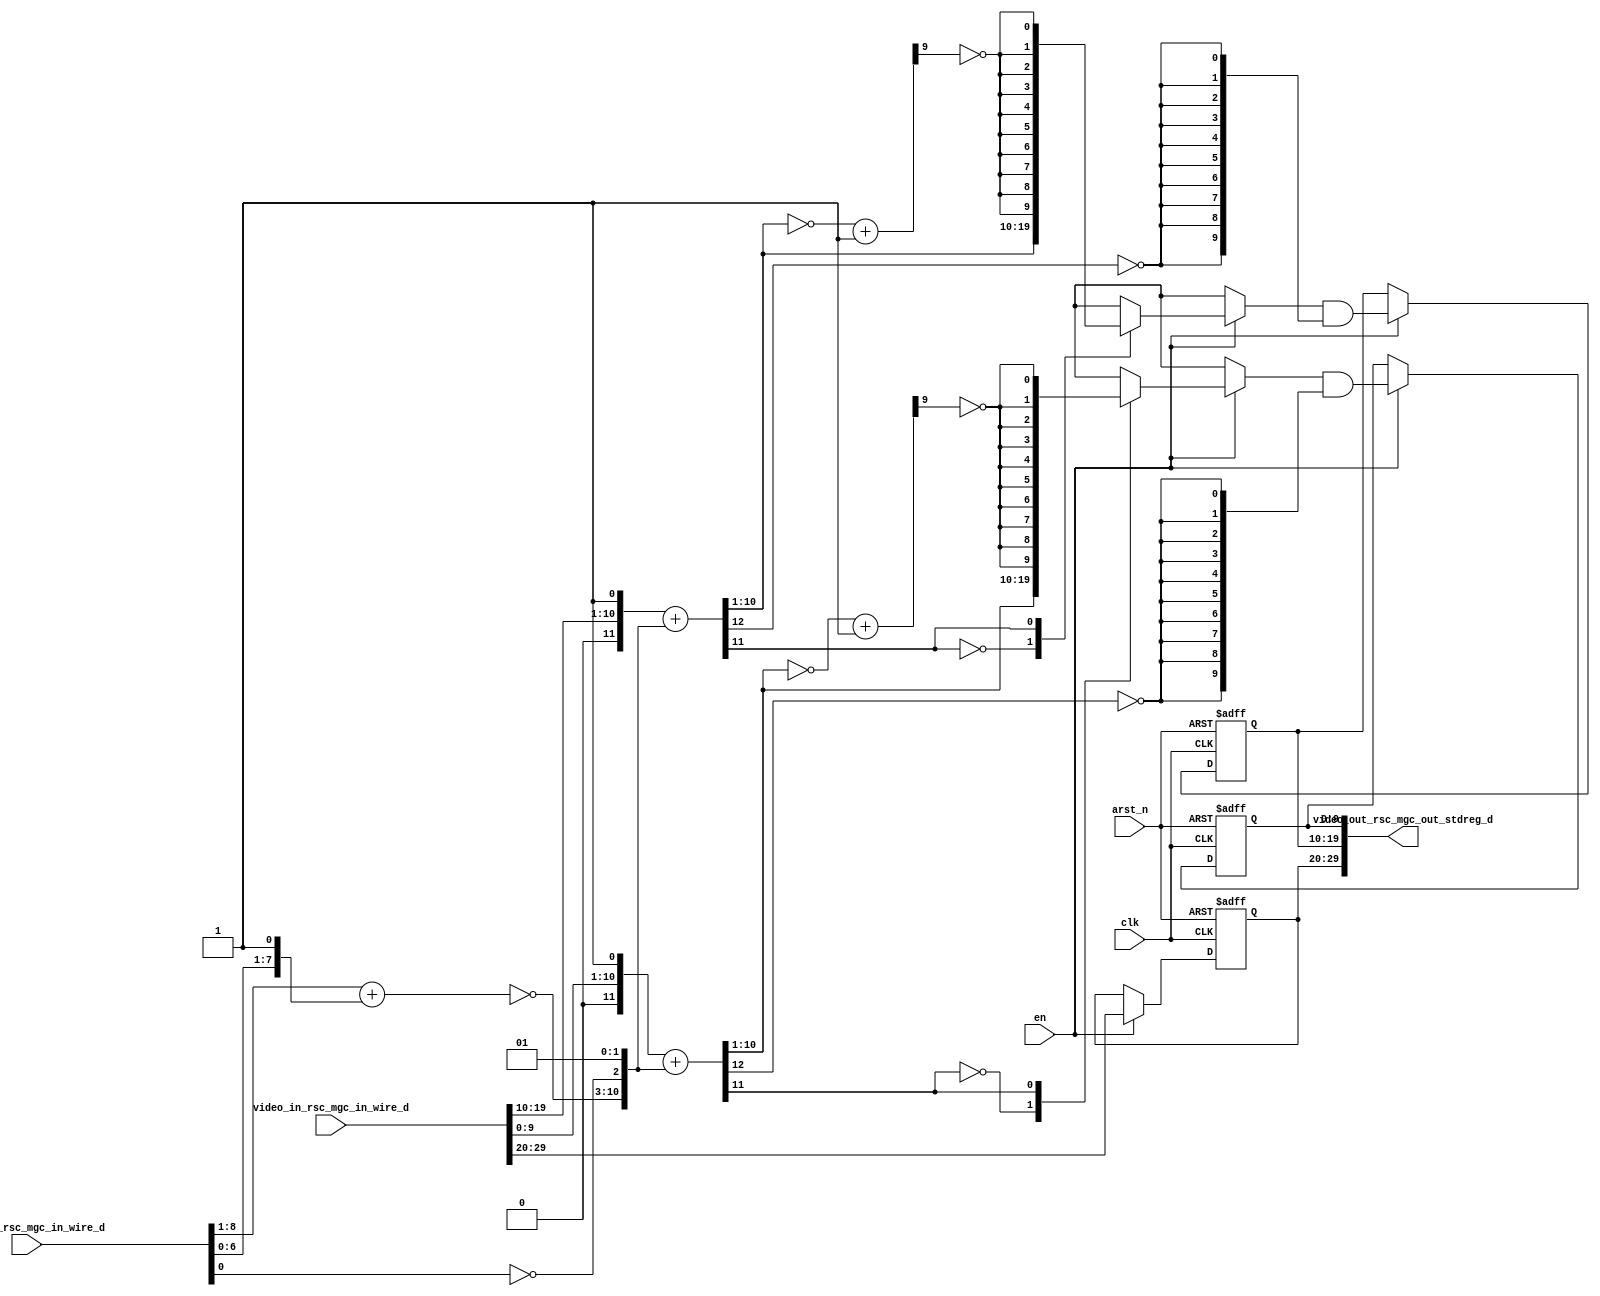
module red_tint_core (
  clk, en, arst_n, video_in_rsc_mgc_in_wire_d, video_out_rsc_mgc_out_stdreg_d, mouse_xy_rsc_mgc_in_wire_d
);
  input clk;
  input en;
  input arst_n;
  input [29:0] video_in_rsc_mgc_in_wire_d;
  output [29:0] video_out_rsc_mgc_out_stdreg_d;
  input [19:0] mouse_xy_rsc_mgc_in_wire_d;


  // Interconnect Declarations
  wire [7:0] acc_psp_sva;
  wire [8:0] nl_acc_psp_sva;
  reg [9:0] reg_video_out_rsc_mgc_out_stdreg_d_tmp;
  reg [9:0] reg_video_out_rsc_mgc_out_stdreg_d_tmp_1;
  reg [9:0] reg_video_out_rsc_mgc_out_stdreg_d_tmp_2;
  wire [12:0] acc_4_itm;
  wire [13:0] nl_acc_4_itm;
  wire [12:0] acc_5_itm;
  wire [13:0] nl_acc_5_itm;


  // Interconnect Declarations for Component Instantiations 
  assign video_out_rsc_mgc_out_stdreg_d = {reg_video_out_rsc_mgc_out_stdreg_d_tmp
      , reg_video_out_rsc_mgc_out_stdreg_d_tmp_1 , reg_video_out_rsc_mgc_out_stdreg_d_tmp_2};
  assign nl_acc_4_itm = conv_u2s_11_13({(video_in_rsc_mgc_in_wire_d[19:10]) , 1'b1})
      + conv_s2s_11_13({(~ acc_psp_sva) , (~ (mouse_xy_rsc_mgc_in_wire_d[0])) , 2'b1});
  assign acc_4_itm = nl_acc_4_itm[12:0];
  assign nl_acc_5_itm = conv_u2s_11_13({(video_in_rsc_mgc_in_wire_d[9:0]) , 1'b1})
      + conv_s2s_11_13({(~ acc_psp_sva) , (~ (mouse_xy_rsc_mgc_in_wire_d[0])) , 2'b1});
  assign acc_5_itm = nl_acc_5_itm[12:0];
  assign nl_acc_psp_sva = (mouse_xy_rsc_mgc_in_wire_d[8:1]) + ({(mouse_xy_rsc_mgc_in_wire_d[6:0])
      , 1'b1});
  assign acc_psp_sva = nl_acc_psp_sva[7:0];
  always @(posedge clk or negedge arst_n) begin
    if ( ~ arst_n ) begin
      reg_video_out_rsc_mgc_out_stdreg_d_tmp <= 10'b0;
      reg_video_out_rsc_mgc_out_stdreg_d_tmp_1 <= 10'b0;
      reg_video_out_rsc_mgc_out_stdreg_d_tmp_2 <= 10'b0;
    end
    else begin
      if ( en ) begin
        reg_video_out_rsc_mgc_out_stdreg_d_tmp <= video_in_rsc_mgc_in_wire_d[29:20];
        reg_video_out_rsc_mgc_out_stdreg_d_tmp_1 <= (MUX_v_10_2_2({(acc_4_itm[10:1])
            , (signext_10_1(~ (readslicef_10_1_9(((~ (acc_4_itm[10:1])) + 10'b1)))))},
            acc_4_itm[11])) & (signext_10_1(~ (acc_4_itm[12])));
        reg_video_out_rsc_mgc_out_stdreg_d_tmp_2 <= (MUX_v_10_2_2({(acc_5_itm[10:1])
            , (signext_10_1(~ (readslicef_10_1_9(((~ (acc_5_itm[10:1])) + 10'b1)))))},
            acc_5_itm[11])) & (signext_10_1(~ (acc_5_itm[12])));
      end
    end
  end

  function [9:0] MUX_v_10_2_2;
    input [19:0] inputs;
    input [0:0] sel;
    reg [9:0] result;
  begin
    case (sel)
      1'b0 : begin
        result = inputs[19:10];
      end
      1'b1 : begin
        result = inputs[9:0];
      end
      default : begin
        result = inputs[19:10];
      end
    endcase
    MUX_v_10_2_2 = result;
  end
  endfunction


  function [0:0] readslicef_10_1_9;
    input [9:0] vector;
    reg [9:0] tmp;
  begin
    tmp = vector >> 9;
    readslicef_10_1_9 = tmp[0:0];
  end
  endfunction


  function [9:0] signext_10_1;
    input [0:0] vector;
  begin
    signext_10_1= {{9{vector[0]}}, vector};
  end
  endfunction


  function signed [12:0] conv_u2s_11_13 ;
    input [10:0]  vector ;
  begin
    conv_u2s_11_13 = {{2{1'b0}}, vector};
  end
  endfunction


  function signed [12:0] conv_s2s_11_13 ;
    input signed [10:0]  vector ;
  begin
    conv_s2s_11_13 = {{2{vector[10]}}, vector};
  end
  endfunction

endmodule
module red_tint (
  video_in_rsc_z, video_out_rsc_z, mouse_xy_rsc_z, clk, en, arst_n
);
  input [29:0] video_in_rsc_z;
  output [29:0] video_out_rsc_z;
  input [19:0] mouse_xy_rsc_z;
  input clk;
  input en;
  input arst_n;


  // Interconnect Declarations
  wire [29:0] video_in_rsc_mgc_in_wire_d;
  wire [29:0] video_out_rsc_mgc_out_stdreg_d;
  wire [19:0] mouse_xy_rsc_mgc_in_wire_d;


  // Interconnect Declarations for Component Instantiations 
  mgc_in_wire #(.rscid(1),
  .width(30)) video_in_rsc_mgc_in_wire (
      .d(video_in_rsc_mgc_in_wire_d),
      .z(video_in_rsc_z)
    );
  mgc_out_stdreg #(.rscid(2),
  .width(30)) video_out_rsc_mgc_out_stdreg (
      .d(video_out_rsc_mgc_out_stdreg_d),
      .z(video_out_rsc_z)
    );
  mgc_in_wire #(.rscid(3),
  .width(20)) mouse_xy_rsc_mgc_in_wire (
      .d(mouse_xy_rsc_mgc_in_wire_d),
      .z(mouse_xy_rsc_z)
    );
  red_tint_core red_tint_core_inst (
      .clk(clk),
      .en(en),
      .arst_n(arst_n),
      .video_in_rsc_mgc_in_wire_d(video_in_rsc_mgc_in_wire_d),
      .video_out_rsc_mgc_out_stdreg_d(video_out_rsc_mgc_out_stdreg_d),
      .mouse_xy_rsc_mgc_in_wire_d(mouse_xy_rsc_mgc_in_wire_d)
    );
endmodule